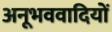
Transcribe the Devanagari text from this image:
अनूभववादियों